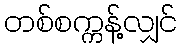
တစ်စက္ကန့်လျှင်